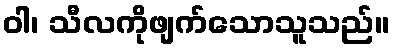
ဝါ၊ သီလကိုဖျက်သောသူသည်။